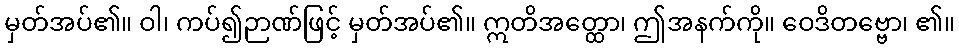
မှတ်အပ်၏။ ဝါ၊ ကပ်၍ဉာဏ်ဖြင့် မှတ်အပ်၏။ ဣတိအတ္ထော၊ ဤအနက်ကို။ ဝေဒိတဗ္ဗော၊ ၏။